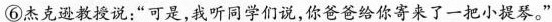
⑥杰克逊教没说：“可是，我听同学们说，你爸爸给你寄来了一把小提琴。”